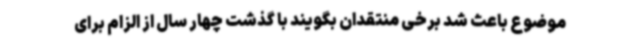
موضوع باعث شد برخی منتقدان بگویند با گذشت چهار سال از الزام برای